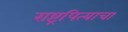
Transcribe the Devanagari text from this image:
राष्ट्रपित्याचा